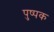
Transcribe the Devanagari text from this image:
पुष्‍पक